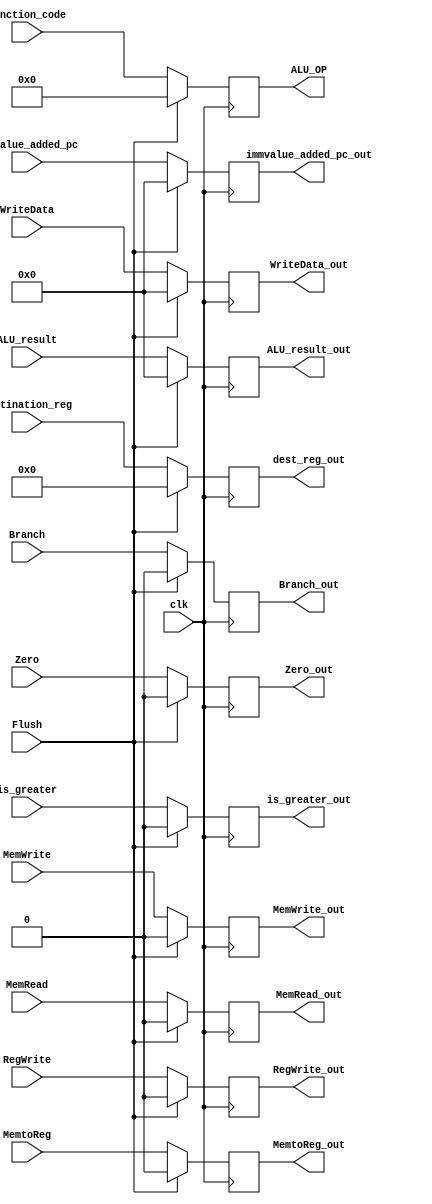
`timescale 1ns / 1ps
//////////////////////////////////////////////////////////////////////////////////
// Company: 
// Engineer: 
// 
// Design Name: 
// Module Name: EX_MEM
// Project Name: 
// Target Devices: 
// Tool Versions: 
// Description: 
// 
// Dependencies: 
// 
// Revision:
// Revision 0.01 - File Created
// Additional Comments:
// 
//////////////////////////////////////////////////////////////////////////////////


module EX_MEM(
    input clk,                     // Clock 
    input Flush,                   // Flush control 
    input RegWrite,                
    input MemtoReg,                // Control signal for selecting memory or ALU result for register write
    input Branch,                  // Branch Control SIgnal
    input Zero,                    // Control singal indicating the ALU result is zero
    input MemWrite,                
    input MemRead,                 
    input is_greater,              // Control signal indicating the comparison result of the ALU operation
    input [63:0] immvalue_added_pc, // Immediate value added to the program counter
    input [63:0] ALU_result,       // Result of the ALU operation
    input [63:0] WriteData,        // Data to be written to memory or register file
    input [3:0] function_code,     // Function code for ALU operation
    input [4:0] destination_reg,   // Destination register for register write

    output reg RegWrite_out,       // register write
    output reg MemtoReg_out,       // MEM or ALU result for register write
    output reg Branch_out,         // branch signal
    output reg Zero_out,           // signal for ALU result is zero
    output reg MemWrite_out,       // MEM write
    output reg MemRead_out,        // MEM read
    output reg is_greater_out,     // when a greater than check for comparison
    output reg [63:0] immvalue_added_pc_out, // immediate value added to the program counter
    output reg [63:0] ALU_result_out,       // ALU result
    output reg [63:0] WriteData_out,        // Write data
    output reg [3:0] ALU_OP,     // ALU operation code
    output reg [4:0] dest_reg_out    // destination register for reg write operation
);

    // Assign output values based on control signals
    always @(posedge clk) begin
        if (Flush) begin
            // SET every signal and every output to 0 if flush signaled
            RegWrite_out = 0;
            MemtoReg_out = 0;
            Branch_out = 0;
            Zero_out = 0;
            is_greater_out = 0;
            MemWrite_out = 0;
            MemRead_out = 0;
            immvalue_added_pc_out = 0;
            ALU_result_out = 0;
            WriteData_out = 0;
            ALU_OP = 0;
            dest_reg_out = 0;
        end 
        else begin
            // Assign output values based on input signals
            RegWrite_out = RegWrite;
            MemtoReg_out = MemtoReg;
            Branch_out = Branch;
            Zero_out = Zero;
            is_greater_out = is_greater;
            MemWrite_out = MemWrite;
            MemRead_out = MemRead;
            immvalue_added_pc_out = immvalue_added_pc;
            ALU_result_out = ALU_result;
            WriteData_out = WriteData;
            ALU_OP = function_code;
            dest_reg_out = destination_reg;
        end
    end

endmodule